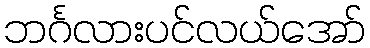
ဘင်္ဂလားပင်လယ်အော်